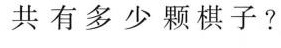
共有多少颗棋子？